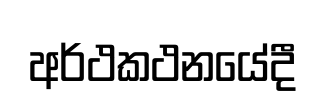
අර්ථකථනයේදී